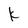
Character: k